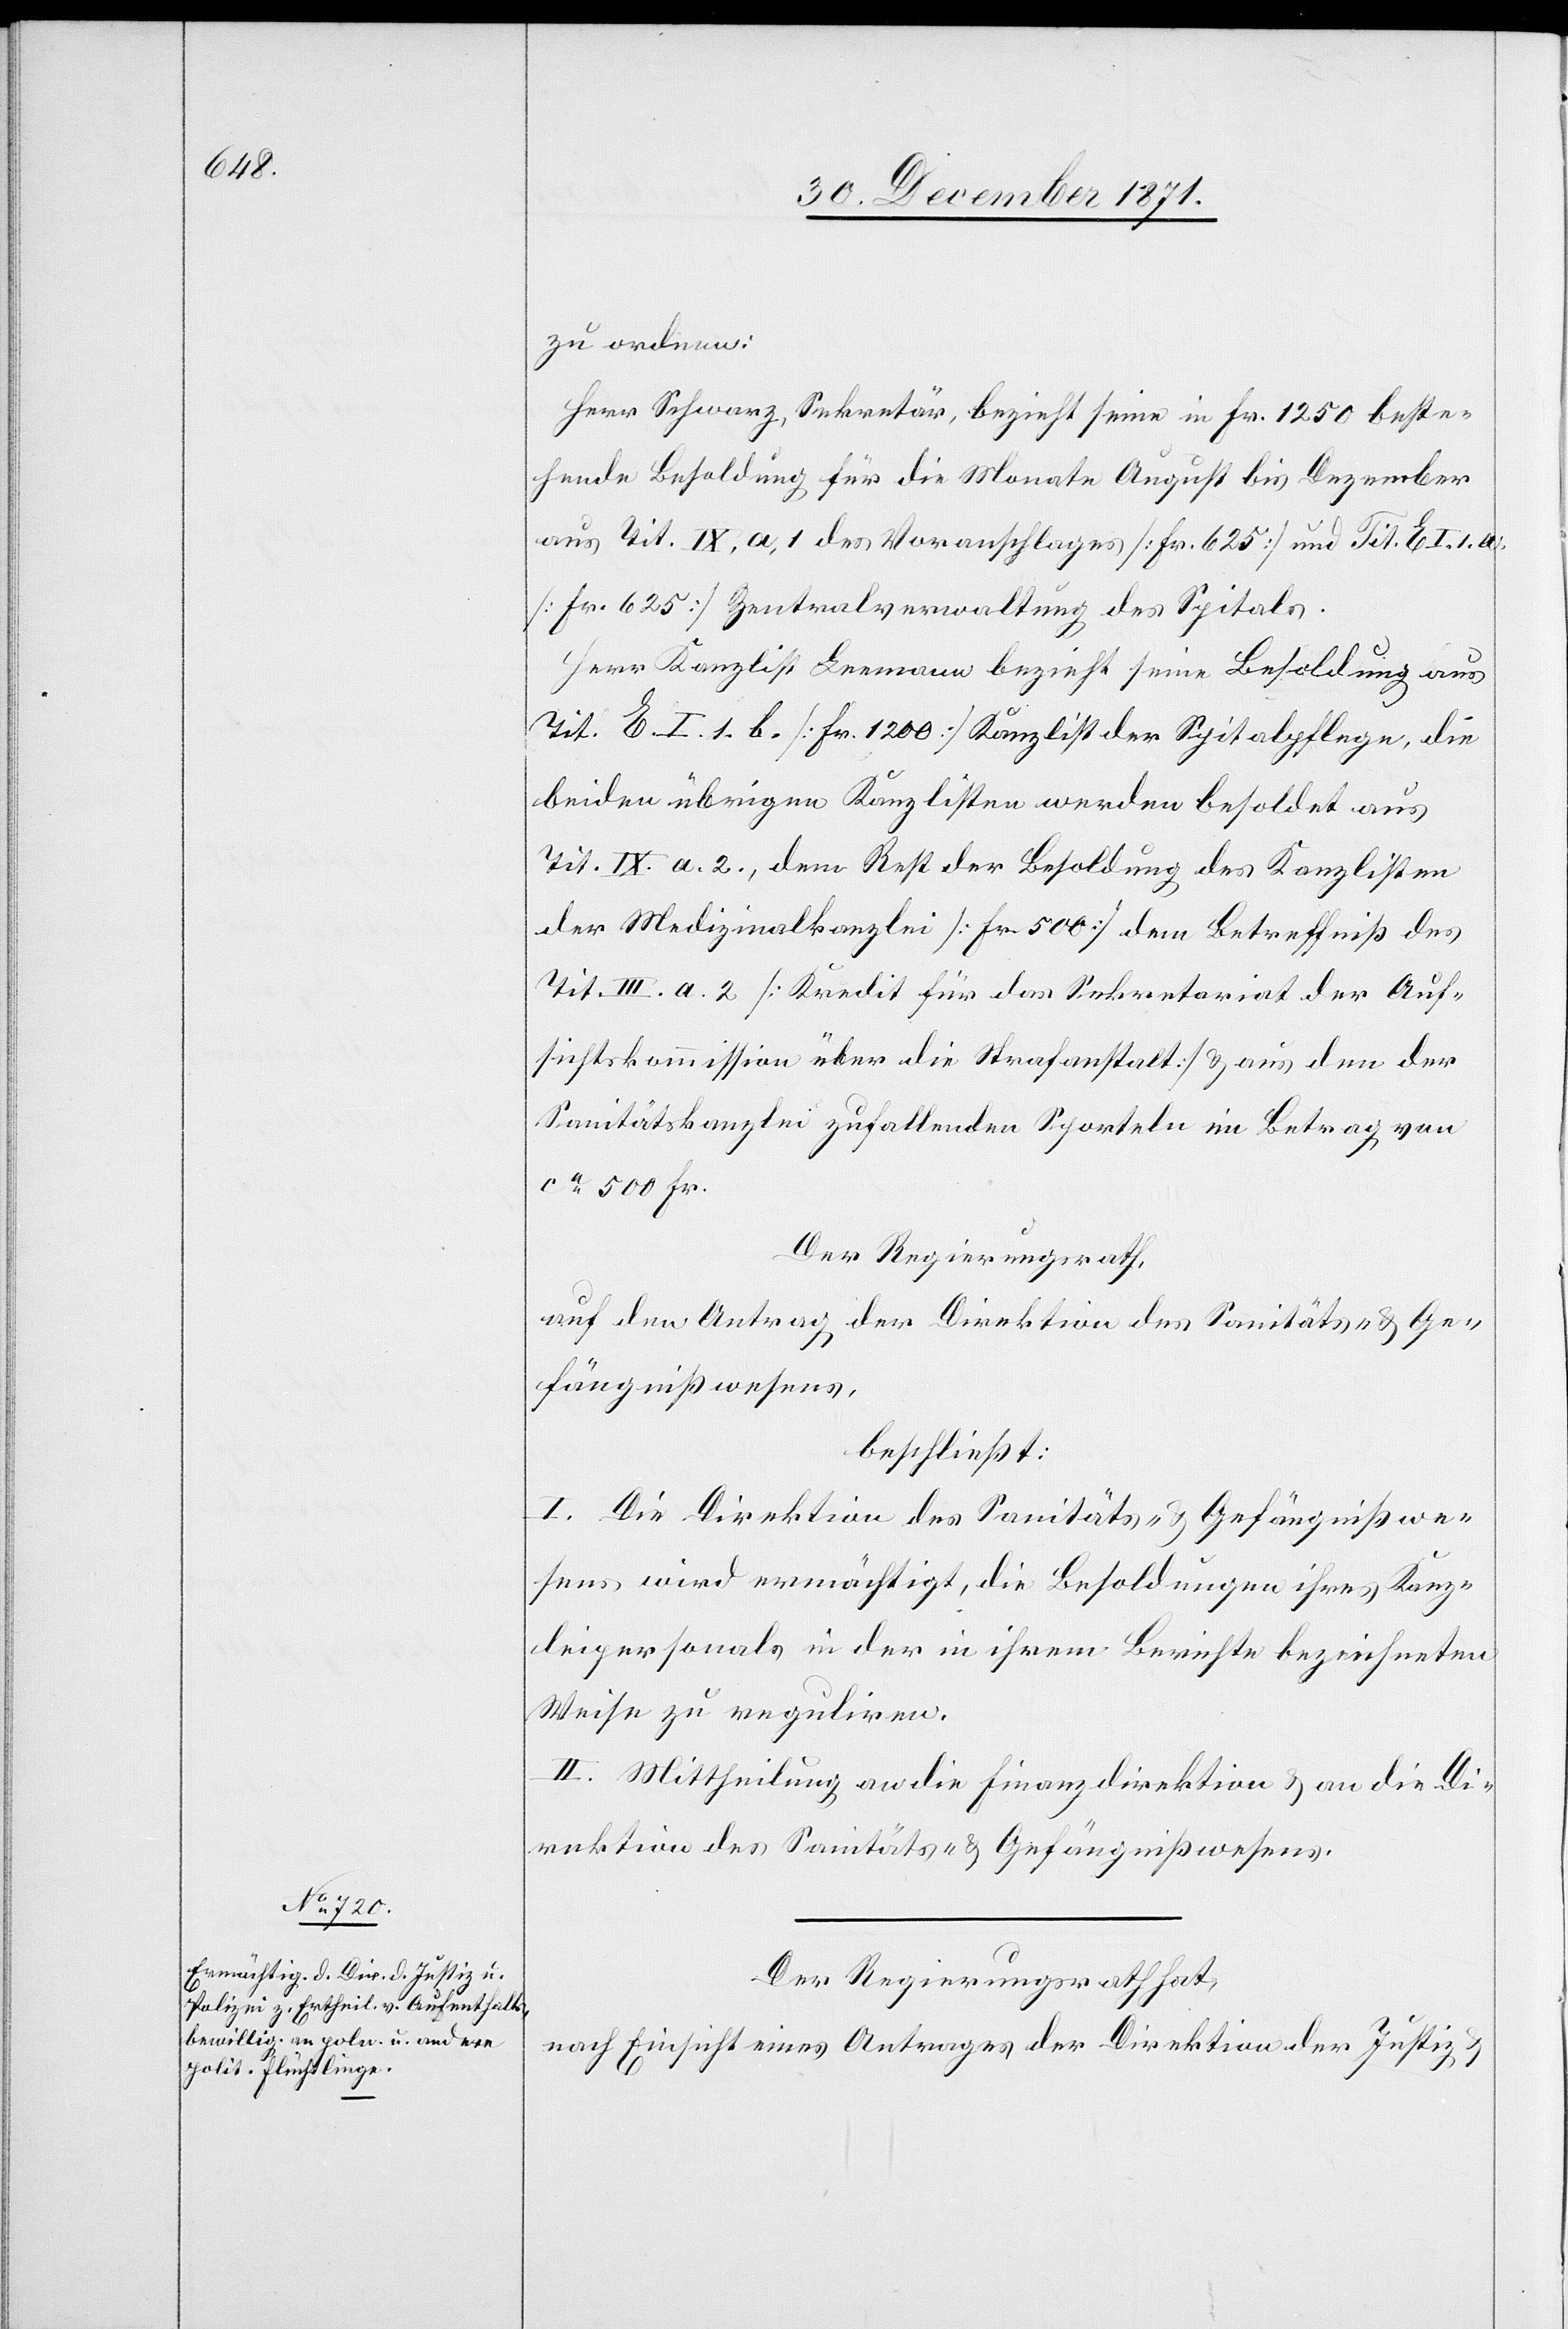
zu ordnen:
Herr Schwarz, Sekretär, bezieht seine in Fr. 1250 beste¬
hende Besoldung für die Monate August bis Dezember
aus Tit. IX. a. 1 des Voranschlages [Fr. 625] und Tit. E I. 1. A.
[Fr. 625] Zentralverwaltung des Spitals.
Herr Kanzlist Leemann bezieht seine Besoldung aus
Tit. E. I. 1. B. [Fr. 1200] Kanzlist der Spitalpflege, die
beiden übrigen Kanzlisten werden besoldet aus
Tit. IX. a. 2., dem Rest der Besoldung des Kanzlisten
der Medizinalkanzlei [Fr. 500] dem Betreffniß des
Tit. III. a. 2 [Kredit für das Sekretariat der Auf¬
sichtskommission über die Strafanstalt] & aus den der
Sanitätskanzlei zufallenden Sporteln im Betrag von
ca. 500 Fr.
Der Regierungsrath,
auf den Antrag der Direktion des Sanitäts- & Ge¬
fängnißwesens,
beschließt:
I. Die Direktion des Sanitäts- & Gefängnißwe¬
sens wird ermächtigt, die Besoldungen ihres Kanz¬
leipersonals in der in ihrem Berichte bezeichneten
Weise zu reguliren.
II. Mittheilung an die Finanzdirektion & an die Di¬
rektion des Sanitäts- & Gefängnißwesens.
Der Regierungsrath hat,
nach Einsicht eines Antrages der Direktion der Justiz &